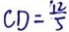
C D = \frac { 1 2 } { 5 }